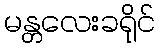
မန္တလေးခရိုင်